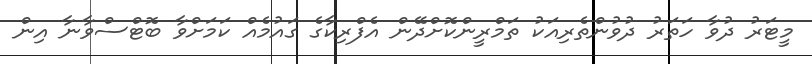
މީޓަރު ދުވާ ހަތަރު ދުވުންތެރިއަކު ތަމްރީންކޮށްދޭން އެފްރިކާގެ ގައުމެެއް ކަމަށްވާ ބޮޓްސްވާނާ އިން